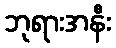
ဘုရားအနီး